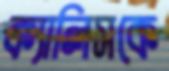
ক্যালিসকে